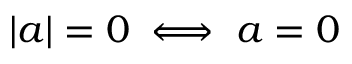
| a | = 0 \iff a = 0